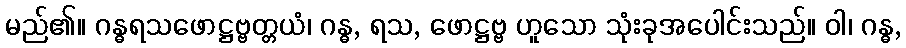
မည်၏။ ဂန္ဓရသဖောဋ္ဌဗ္ဗတ္တယံ၊ ဂန္ဓ, ရသ, ဖောဋ္ဌဗ္ဗ ဟူသော သုံးခုအပေါင်းသည်။ ဝါ၊ ဂန္ဓ,